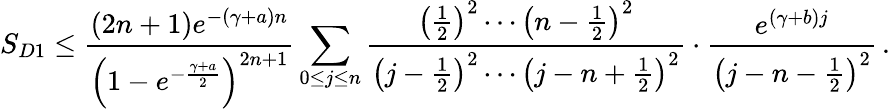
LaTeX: S_{D1}\le\frac{(2n+1)e^{-(\gamma+a)n}}{\left(1-e^{-\frac{\gamma+a}{2}}\right)^{2n+1}}\sum_{0\le j\le n}\frac{\left(\frac{1}{2}\right)^{2}\cdots\left(n-\frac{1}{2}\right)^{2}}{\left(j-\frac{1}{2}\right)^{2}\cdots\left(j-n+\frac{1}{2}\right)^{2}}\cdot\frac{e^{(\gamma+b)j}}{\left(j-n-\frac{1}{2}\right)^{2}}\, .